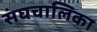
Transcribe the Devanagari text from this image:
संघचालिका